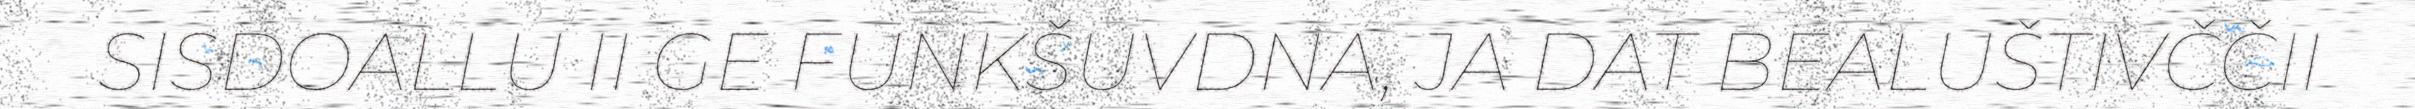
SISDOALLU II GE FUNKŠUVDNA, JA DAT BEALUŠTIVČČII